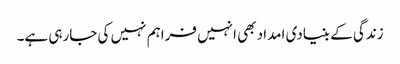
زندگی کے بنیادی امداد بھی انہیں فراہم نہیں کی جارہی ہے۔